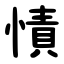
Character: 㥽